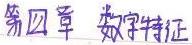
第四章 数字特征